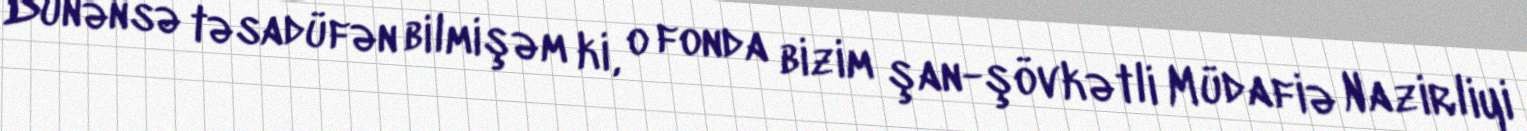
Dünənsə təsadüfən bilmişəm ki, o fonda bizim şan-şövkətli Müdafiə Nazirliyi